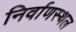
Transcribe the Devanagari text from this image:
निर्वाणस्थल